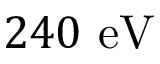
2 4 0 ~ \mathrm { e V }